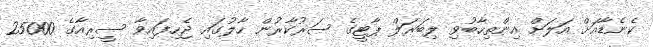
ކެނެޑާއަށް އަލަށް އިންތިހާބުވި ލިބަރަލް ޕާޓީގެ ސަރުކާރުން ހާލުގައި ޖެހިފައިވާ ސީރިއާގެ 25000